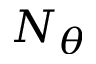
N _ { \theta }